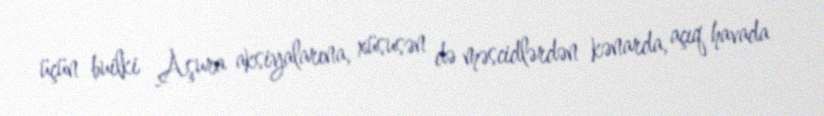
üçün builki Aşura aksiyalarına, xüsusən də məscidlərdən kənarda, açıq havada